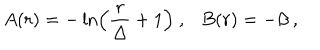
LaTeX: A ( r ) = - \ln \left( { \frac { r } { \Delta } } + 1 \right) ~ , B ( r ) = - \beta ~ ,